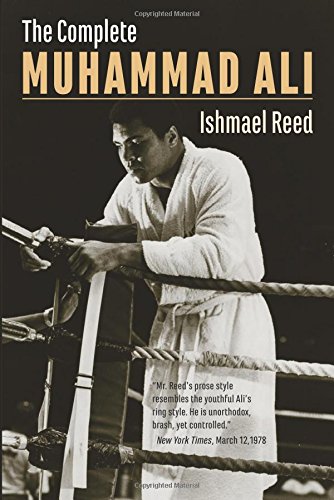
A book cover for The Complete Muhammad Ali; Ishmael Reed; Biographies & Memoirs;